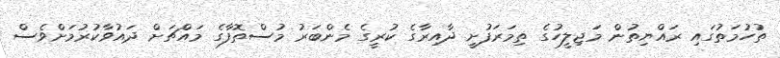
ތުހުމަތުގައި ރައްޔިތުން މަޖިލީހުގެ ތިމަރަފުށީ ދާއިރާގެ ކުރީގެ މެންބަރު މުސްތޮފާގެ މައްޗަށް ދައުވާކުރުމަށްވެސް